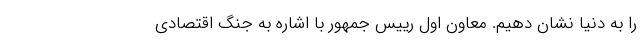
را به دنیا نشان دهیم. معاون اول رییس جمهور با اشاره به جنگ اقتصادی